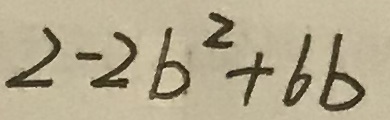
2 - 2 b ^ { 2 } + 6 b